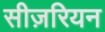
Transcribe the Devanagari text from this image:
सीज़रियन